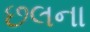
છલના